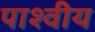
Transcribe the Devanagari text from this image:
पाश्वीय